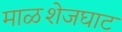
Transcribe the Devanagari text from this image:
माळशेजघाट